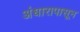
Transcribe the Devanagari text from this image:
अंधारापासून